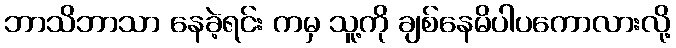
ဘာသိဘာသာ နေခဲ့ရင်း ကမှ သူ့ကို ချစ်နေမိပါပကောလားလို့